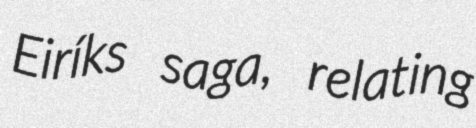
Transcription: Eiríks saga, relating